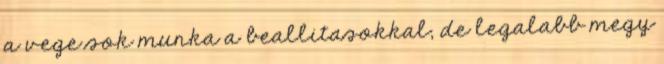
a vege sok munka a beallitasokkal, de legalabb megy